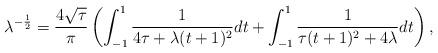
LaTeX: \begin{align*} \lambda^{-\frac{1}{2}} = \frac{4 \sqrt{\tau}}{\pi} \left( \int_{-1}^1 \frac{1}{4 \tau+\lambda (t+1)^2} dt + \int_{-1}^1 \frac{1}{\tau (t+1)^2+4 \lambda} dt \right),\end{align*}